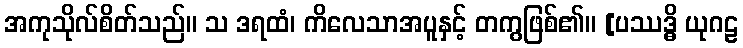
အကုသိုလ်စိတ်သည်။ သ ဒရထံ၊ ကိလေသာအပူနှင့် တကွဖြစ်၏။ [ပဿဒ္ဓိ ယုဂဠ